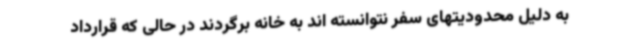
به دلیل محدودیتهای سفر نتوانسته اند به خانه برگردند در حالی که قرارداد